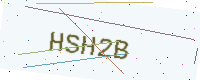
Text: HSH2B